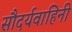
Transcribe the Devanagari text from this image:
सौदर्यवाहिनी